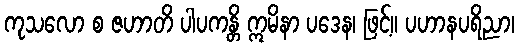
ကုသလော စ ဇဟာတိ ပါပကန္တိ ဣမိနာ ပဒေန၊ ဖြင့်။ ပဟာနပရိညာ၊